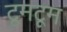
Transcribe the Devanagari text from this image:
टूमटूम